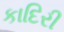
કાદિરી